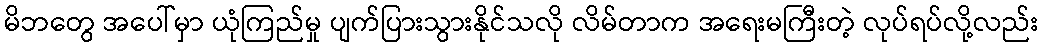
မိဘတွေ အပေါ်မှာ ယုံကြည်မှု ပျက်ပြားသွားနိုင်သလို လိမ်တာက အရေးမကြီးတဲ့ လုပ်ရပ်လို့လည်း